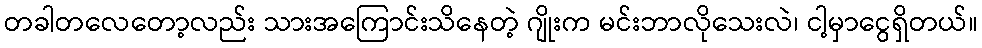
တခါတလေတော့လည်း သားအကြောင်းသိနေတဲ့ ဂျိုးက မင်းဘာလိုသေးလဲ၊ ငါ့မှာငွေရှိတယ်။